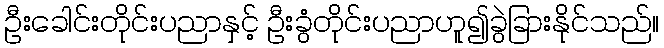
ဦးခေါင်းတိုင်းပညာနှင့် ဦးခွံတိုင်းပညာဟူ၍ခွဲခြားနိုင်သည်။